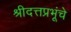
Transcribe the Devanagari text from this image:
श्रीदत्तप्रभूंचे